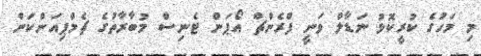
މި މަހުގެ ކުރީކޮޅު ނަޑާލް ވަނީ ފްރެންޗް އޯޕަން ޓެނިސް މުބާރާތުގެ ޗެމްޕިއަންކަން